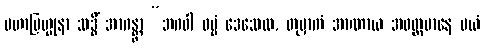
မဟာဗြဟ္မုနာ သဒ္ဓိံ အာဂန္တွာ “ဘဂဝါ ဓမ္မံ ဒေသေထ, တုမှာကံ အာဏာယ အဝတ္တမာနေ မယံ